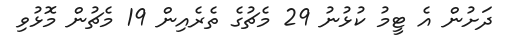
ދަށުން އެ ޓީމު ކުޅުނު 29 މެޗުގެ ތެރެއިން 19 މެޗުން މޮޅުވި